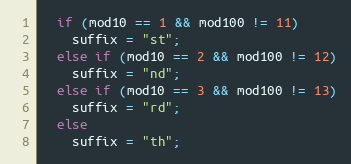
Language: C++
  if (mod10 == 1 && mod100 != 11)
    suffix = "st";
  else if (mod10 == 2 && mod100 != 12)
    suffix = "nd";
  else if (mod10 == 3 && mod100 != 13)
    suffix = "rd";
  else
    suffix = "th";